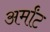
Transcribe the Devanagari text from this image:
अर्मांट